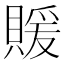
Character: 𬥢